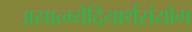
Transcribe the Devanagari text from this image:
असात्म्येंद्रियार्थसंयोग